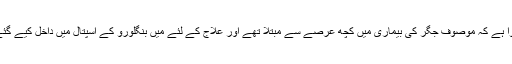
معلوم ہوا ہے کہ موصوف جگر کی بیماری میں کچھ عرصے سے مبتلا تھے اور علاج کے لئے میں بنگلورو کے اسپتال میں داخل کیے گئے تھے۔